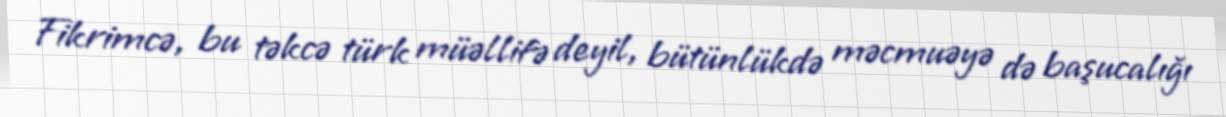
Fikrimcə, bu təkcə türk müəllifə deyil, bütünlükdə məcmuəyə də başucalığı